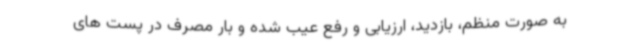
به صورت منظم، بازدید، ارزیابی و رفع عیب شده و بار مصرف در پست های